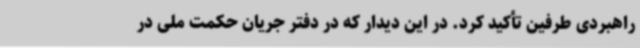
راهبردی طرفین تأکید کرد. در این دیدار که در دفتر جریان حکمت ملی در